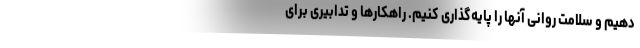
دهیم و سلامت روانی آنها را پایه‌گذاری کنیم. راهکارها و تدابیری برای